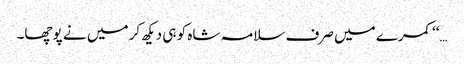
…‘‘ کمرے میں صرف سلامہ شاہ کو ہی دیکھ کر میں نے پوچھا۔